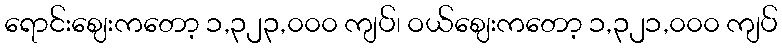
ရောင်းဈေးကတော့ ၁,၃၂၃,၀၀၀ ကျပ်၊ ဝယ်ဈေးကတော့ ၁,၃၂၁,၀၀၀ ကျပ်